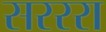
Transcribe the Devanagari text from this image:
सरररा